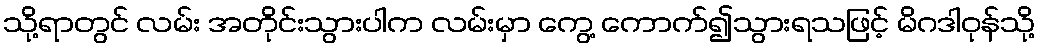
သို့ရာတွင် လမ်း အတိုင်းသွားပါက လမ်းမှာ ကွေ့ ကောက်၍သွားရသဖြင့် မိဂဒါဝုန်သို့